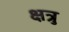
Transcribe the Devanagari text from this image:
क्षत्रु